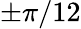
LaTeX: \pm\pi/12